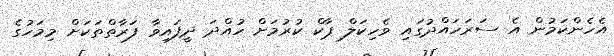
އެހެންކަމުން އެ ސަރަހައްދުގައި ވެހިކަލް ޕާކް ކުރުމަށް ހުއްދަ ދީފައިވާ ފަރާތްތަކަށް މިމަހުގެ